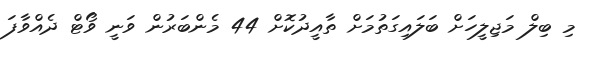
މި ބިލް މަޖިލީހަށް ބަލައިގަތުމަށް ތާއީދުކޮށް 44 މެންބަރުން ވަނީ ވޯޓް ދެއްވާފަ